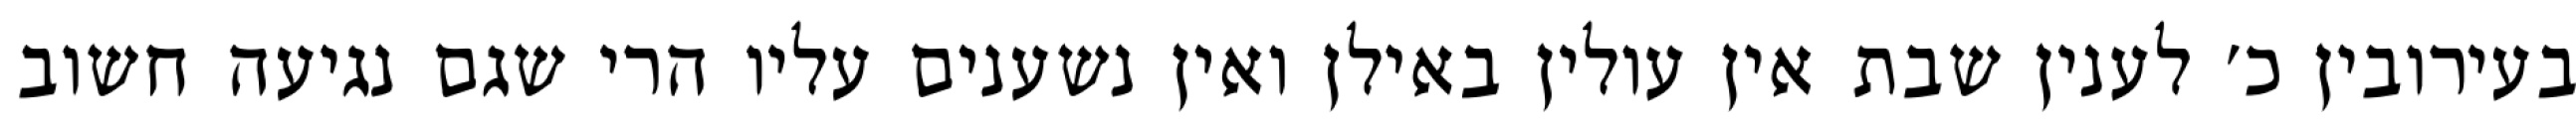
בעירובין כ׳ לענין שבת אין עולין באילן ואין נשענים עליו הרי שגם נגיעה חשוב